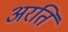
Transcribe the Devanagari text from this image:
अरति